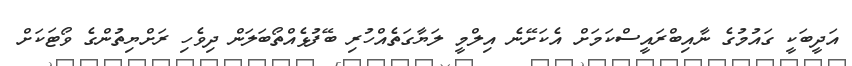
އަދީބަކީ ގައުމުގެ ނާއިބްރައީސްކަމަށް އެކަށޭނެ އިލްމީ ލަޔާގަތެއްހުރި ބޭފުޅެއްތޯބަލަން ދިވެހި ރަށްޔިތުންގެ ވޯޓަކަށް